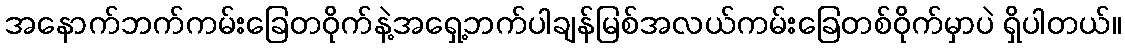
အနောက်ဘက်ကမ်းခြေတဝိုက်နဲ့အရှေ့ဘက်ပါချန်မြစ်အလယ်ကမ်းခြေတစ်ဝိုက်မှာပဲ ရှိပါတယ်။